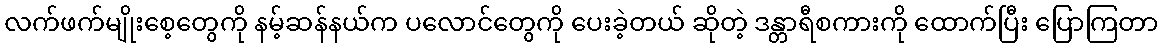
လက်ဖက်မျိုးစေ့တွေကို နမ့်ဆန်နယ်က ပလောင်တွေကို ပေးခဲ့တယ် ဆိုတဲ့ ဒန္တာရီစကားကို ထောက်ပြီး ပြောကြတာ